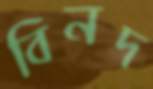
বিনদ